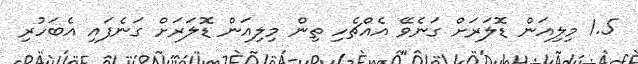
1.5 މިލިއަން ޑޮލަރަށް ގަނެވޭ އެއްޗެހި ތިން މިލިއަން ޑޮލަރަށް ގަނެފައި އެބަހުރި